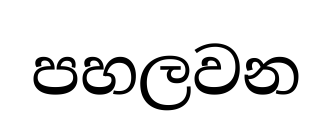
පහලවන